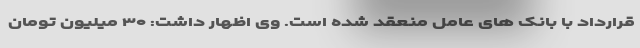
قرارداد با بانک های عامل منعقد شده است. وی اظهار داشت: ۳۰ میلیون تومان